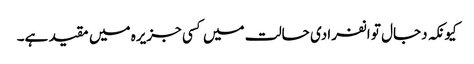
کیونکہ دجال تو انفرادی حالت میں کسی جزیرہ میں مقید ہے۔